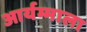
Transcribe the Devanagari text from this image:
आर्यम्माला